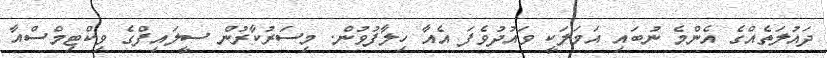
ދައުލަތެއްގެ އެންމެ ނުބައި އަމަލަކީ ވައުދުވެފަ އެއާ ހިލާފުވުން. މިސަރުކާރުން ސީލައިފްގެ ވިކްޓިމްސްއާ